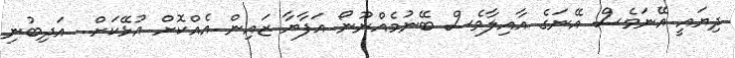
ދިޔައީ އޭނަވެސް އޭނަގެ އާއިލާވެސް ބޭނުމެއްނޫނޯ އަފާޔާ ޒައިން އެއްކޮށް އުޅޭކަށް.. އަދިބުނި